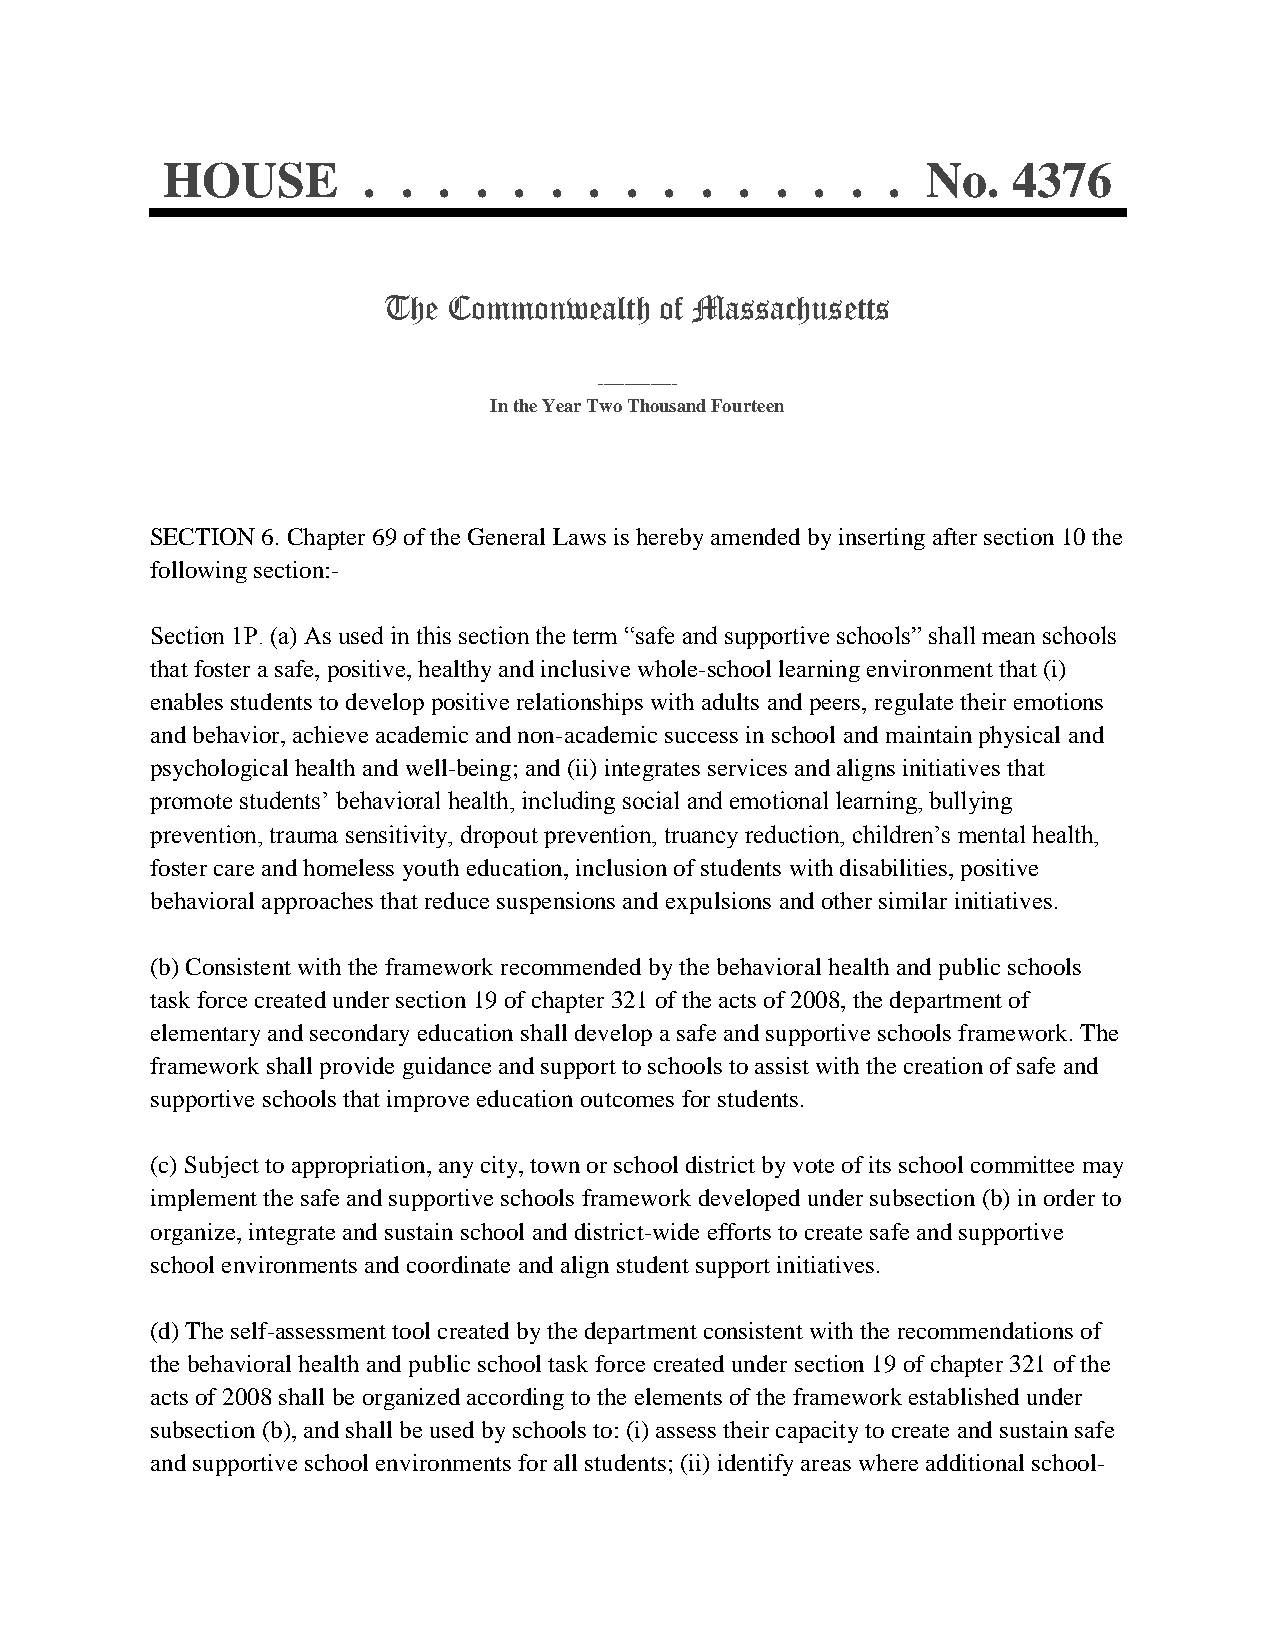
HOUSE        .  . .  . . .  . .  . .  . .  . .  . No.   4376
 The  Commonwealth  of Massachusetts
 _______________
 In the Year Two Thousand Fourteen
 SECTION 6. Chapter 69 of the General Laws is hereby amended by inserting after section 10 the
 following section:-
 Section 1P. (a) As used in this section the term “safe and supportive schools” shall mean schools
 that foster a safe, positive, healthy and inclusive whole-school learning environment that (i)
 enables students to develop positive relationships with adults and peers, regulate their emotions
 and behavior, achieve academic and non-academic success in school and maintain physical and
 psychological health and well-being; and (ii) integrates services and aligns initiatives that
 promote students’ behavioral health, including social and emotional learning, bullying
 prevention, trauma sensitivity, dropout prevention, truancy reduction, children’s mental health,
 foster care and homeless youth education, inclusion of students with disabilities, positive
 behavioral approaches that reduce suspensions and expulsions and other similar initiatives.
 (b) Consistent with the framework recommended by the behavioral health and public schools
 task force created under section 19 of chapter 321 of the acts of 2008, the department of
 elementary and secondary education shall develop a safe and supportive schools framework. The
 framework shall provide guidance and support to schools to assist with the creation of safe and
 supportive schools that improve education outcomes for students.
 (c) Subject to appropriation, any city, town or school district by vote of its school committee may
 implement the safe and supportive schools framework developed under subsection (b) in order to
 organize, integrate and sustain school and district-wide efforts to create safe and supportive
 school environments and coordinate and align student support initiatives.
 (d) The self-assessment tool created by the department consistent with the recommendations of
 the behavioral health and public school task force created under section 19 of chapter 321 of the
 acts of 2008 shall be organized according to the elements of the framework established under
 subsection (b), and shall be used by schools to: (i) assess their capacity to create and sustain safe
 and supportive school environments for all students; (ii) identify areas where additional school-